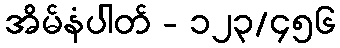
အိမ်နံပါတ် - ၁၂၃/၄၅၆